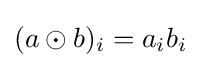
(a\odot b)_{i}=a_{i}b_{i}